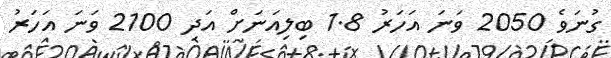
ގުނަވެ 2050 ވަނަ އަހަރު 1.8 ބިލިއަނަށް އަދި 2100 ވަނަ އަހަރު